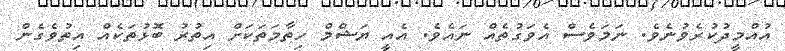
އުއްމީދުކުރެވުނެވެ. ނަމަވެސް އެވަގުތެއް ނައެވެ. އެއީ ޔަޝްމް ހިތާމަތަކަށް އިތުރު ބޮޅުތަކެއް އިތުވެގެން